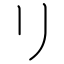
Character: リ